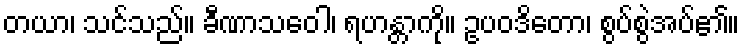
တယာ၊ သင်သည်။ ခီဏာသဝေါ၊ ရဟန္တာကို။ ဥပဝဒိတော၊ စွပ်စွဲအပ်၏။